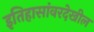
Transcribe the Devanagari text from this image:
इतिहासांवरदेखील